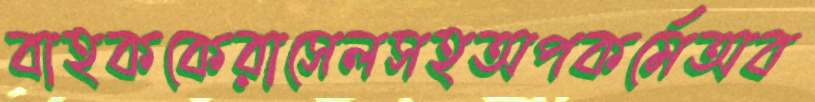
বাহককেরাসেলসহঅপকর্মেঅব